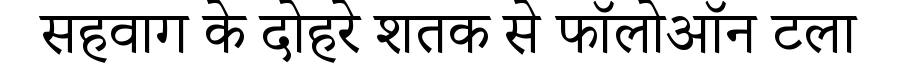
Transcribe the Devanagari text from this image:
सहवाग के दोहरे शतक से फॉलोऑन टला